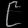
Digit: ၉